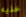
خذيه